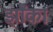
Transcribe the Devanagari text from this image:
झाँका